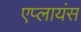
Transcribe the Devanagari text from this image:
एप्लायंस